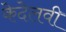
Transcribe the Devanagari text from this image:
केदेलवी